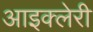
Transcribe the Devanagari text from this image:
आइक्लेरी